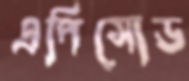
এপিসোড